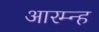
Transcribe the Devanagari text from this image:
आरम्न्ह